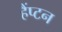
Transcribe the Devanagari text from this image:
हैंप्टन